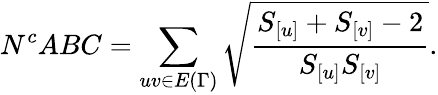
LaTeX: N^{c}ABC=\sum_{uv\in E{(\Gamma)}}\sqrt{\frac{S_{[u]}+S_{[v]}-2}{S_{[u]}S_{[v]}}}.